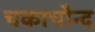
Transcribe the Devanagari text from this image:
चकाचौन्द